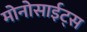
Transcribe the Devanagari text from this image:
मोनोसाईट्स